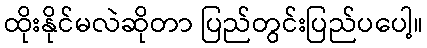
ထိုးနိုင်မလဲဆိုတာ ပြည်တွင်းပြည်ပပေါ့။